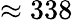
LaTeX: \approx 338